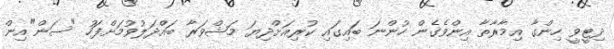
ދިޓީވީ ހިންގާ އިމާރާތާ އިންވެގެން ހުންނަ ބައިގައި ކުރިއަށްދިޔަ މަޝްވަރާ ބައްދަލުވުމަށްފަހު "ސަން"އިން